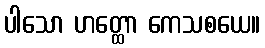
ပါသော ဟတ္ထော ကေသစယေ။